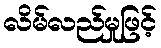
လိမ်လည်မှုဖြင့်